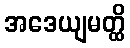
အဒေယျမတ္ထိ